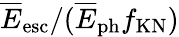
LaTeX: \overline{E}_{\mathrm{esc}}/(\overline{E}_{\mathrm{ph}}f_{\mathrm{KN}})